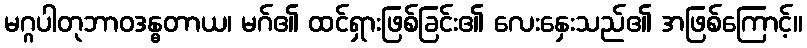
မဂ္ဂပါတုဘာဝဒန္ဓတာယ၊ မဂ်၏ ထင်ရှားဖြစ်ခြင်း၏ လေးနှေးသည်၏ အဖြစ်ကြောင့်။